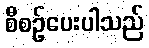
စီစဉ်ပေးပါသည်